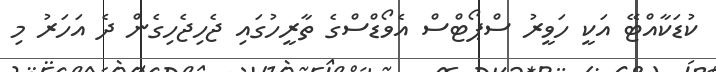
ކުޑަކާއްޓޭ އަކީ ހަވީރު ސްޕޯޓްސް އެވޯޑްސްގެ ތާރީހުގައި ޖެހިޖެހިގެން ދެ އަހަރު މި